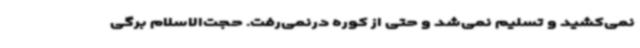
نمی‌کشید و تسلیم نمی‌شد و حتی از کوره درنمی‌رفت. حجت‌الاسلام برگی